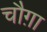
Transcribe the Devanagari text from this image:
चौग़ा